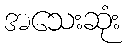
အသေးဆုံး